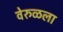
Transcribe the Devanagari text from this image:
वेरुळला